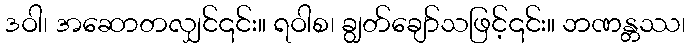
ဒဝါ၊ အဆောတလျှင်၎င်း။ ရဝါစ၊ ချွတ်ချော်သဖြင့်၎င်း။ ဘဏန္တဿ၊